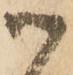
御